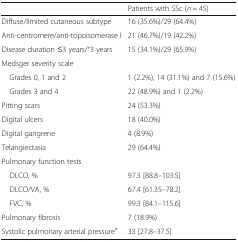
<table><thead><tr><td></td><td><b>Patients with SSc (<i>n</i> = 45)</b></td></tr></thead><tbody><tr><td>Diffuse/limited cutaneous subtype</td><td>16 (35.6%)/29 (64.4%)</td></tr><tr><td>Anti-centromere/anti-topoisomerase I</td><td>21 (46.7%)/19 (42.2%)</td></tr><tr><td>Disease duration ≤3 years/˃3 years</td><td>15 (34.1%)/29 (65.9%)</td></tr><tr><td colspan="2">Medsger severity scale</td></tr><tr><td> Grades 0, 1 and 2</td><td>1 (2.2%), 14 (31.1%) and 7 (15.6%)</td></tr><tr><td> Grades 3 and 4</td><td>22 (48.9%) and 1 (2.2%)</td></tr><tr><td>Pitting scars</td><td>24 (53.3%)</td></tr><tr><td>Digital ulcers</td><td>18 (40.0%)</td></tr><tr><td>Digital gangrene</td><td>4 (8.9%)</td></tr><tr><td>Telangiectasia</td><td>29 (64.4%)</td></tr><tr><td colspan="2">Pulmonary function tests</td></tr><tr><td> DLCO, %</td><td>97.3 [88.8–103.5]</td></tr><tr><td> DLCO/VA, %</td><td>67.4 [61.35–78.2]</td></tr><tr><td> FVC, %</td><td>99.3 [84.1–115.6]</td></tr><tr><td>Pulmonary fibrosis</td><td>7 (18.9%)</td></tr><tr><td>Systolic pulmonary arterial pressure<sup>a</sup></td><td>33 [27.8–37.5]</td></tr></tbody></table>